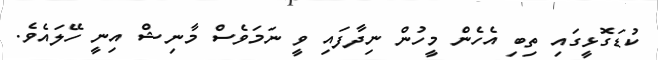
ކުޑަގޮޅީގައި ތިބި އެހެން މީހުން ނިދާފައި ވީ ނަމަވެސް މާނިޝް އިނީ ހޭލައެވެ.